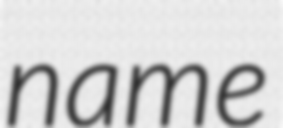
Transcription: name